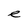
Character: e